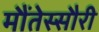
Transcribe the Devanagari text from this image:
मौंतेस्सौरी